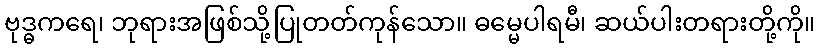
ဗုဒ္ဓကရေ၊ ဘုရားအဖြစ်သို့ပြုတတ်ကုန်သော။ ဓမ္မေပါရမီ၊ ဆယ်ပါးတရားတို့ကို။